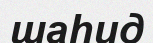
шаһид